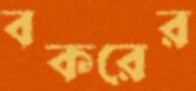
বকরের